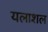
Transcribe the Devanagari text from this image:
यलाशल